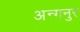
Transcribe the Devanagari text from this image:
अन्गनुर